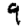
Digit: 9